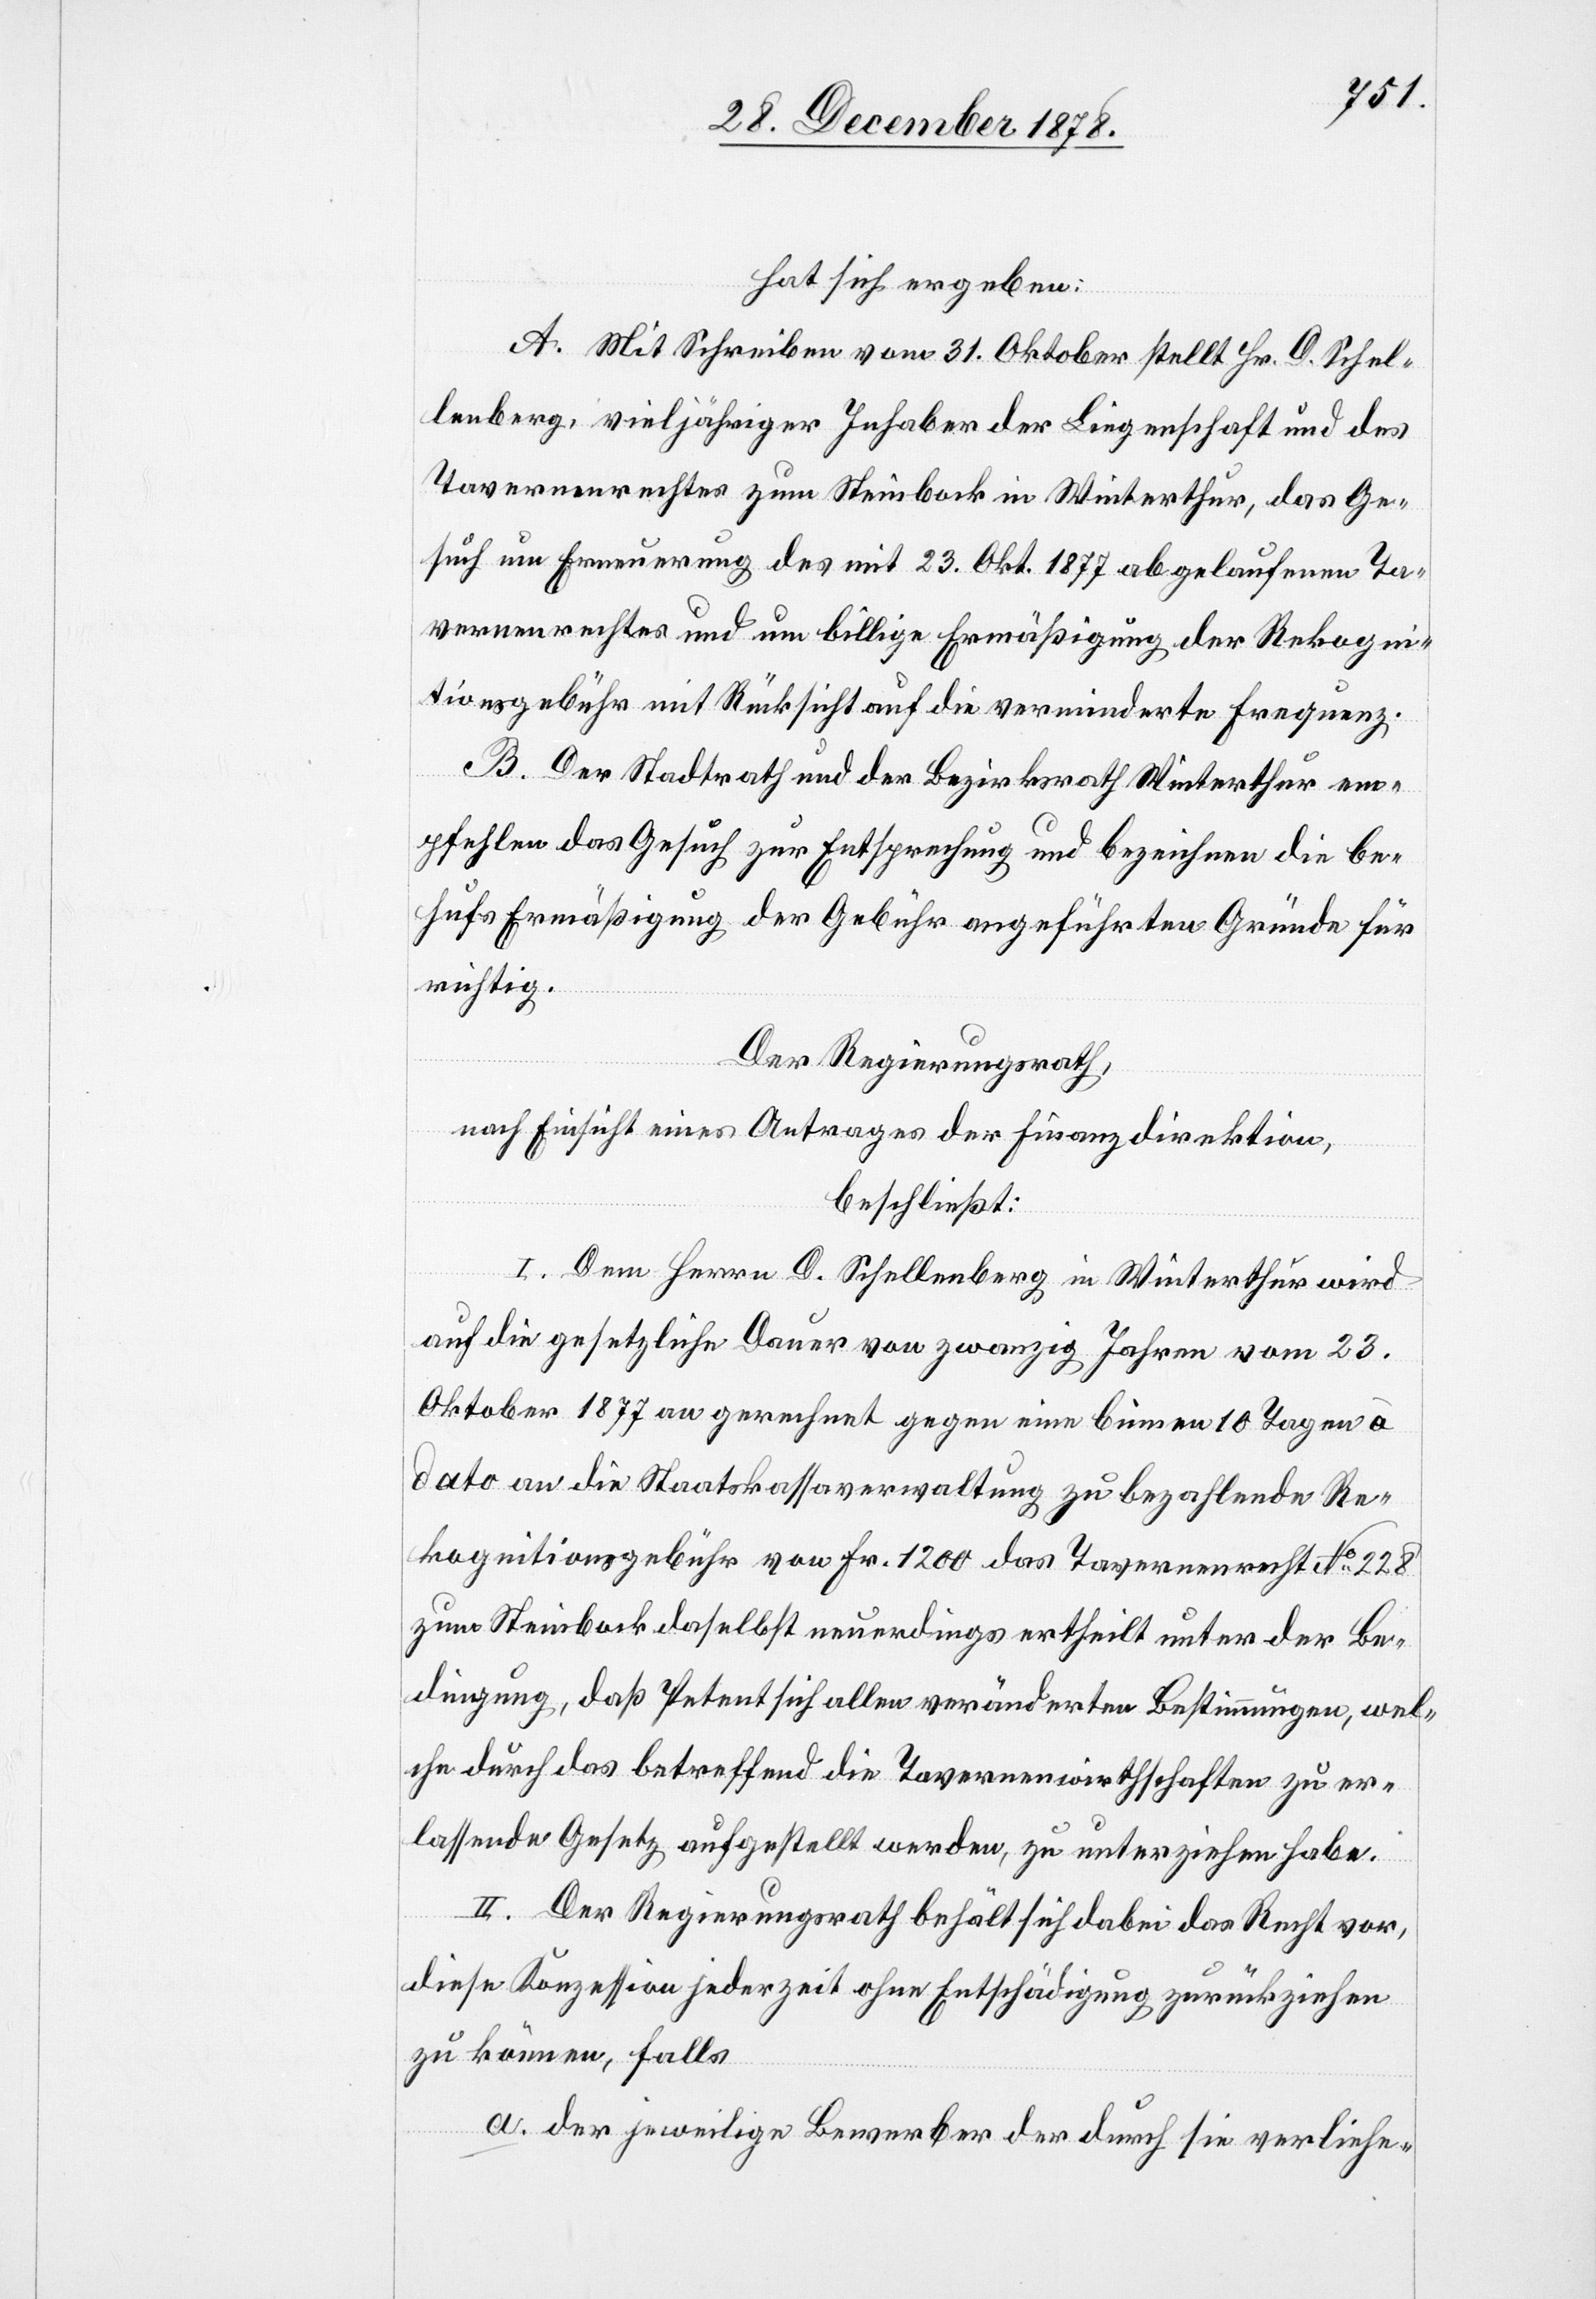
hat sich ergeben:
A. Mit Schreiben vom 31. Oktober stellt Hr. D. Schel¬
lenberg, vieljähriger Inhaber der Liegenschaft und des
Tavernenrechtes zum Steinbock in Winterthur, das Ge¬
such um Erneuerung des mit 23. Okt. 1877 abgelaufenen Ta¬
vernenrechtes und um billige Ermäßigung der Rekogni¬
tionsgebühr mit Rücksicht auf die verminderte Frequenz.
B. Der Stadtrath und der Bezirksrath Winterthur em¬
pfehlen das Gesuch zur Entsprechung und bezeichnen die be¬
hufs Ermäßigung der Gebühr angeführten Gründe für
richtig.
Der Regierungsrath,
nach Einsicht eines Antrages der Finanzdirektion,
beschließt:
I. Dem Herrn D. Schellenberg in Winterthur wird
auf die gesetzliche Dauer von zwanzig Jahren vom 23.
Oktober 1877 an gerechnet gegen eine binnen 10 Tagen à
dato an die Staatskassaverwaltung zu bezahlende Re¬
kognitionsgebühr von Fr. 1200 das Tavernenrecht No 228
zum Steinbock daselbst neuerdings ertheilt unter der Be¬
dingung, daß Petent sich allen veränderten Bestimmungen, wel¬
che durch das betreffend die Tavernenwirthschaften zu er¬
lassende Gesetz aufgestellt werden, zu unterziehen habe.
II. Der Regierungsrath behält sich dabei das Recht vor,
diese Konzession jederzeit ohne Entschädigung zurückziehen
zu können, falls
der jeweilige Bewerber der durch sie verliehe-